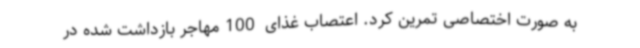
به صورت اختصاصی تمرین کرد. اعتصاب غذای  100 مهاجر بازداشت شده در